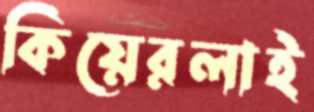
কিয়েরলাই